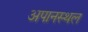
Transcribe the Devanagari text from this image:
अपानस्थल